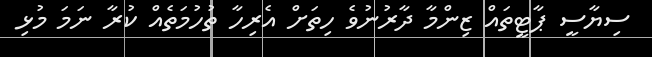
ސިޔާސީ ޕާޓީތައް ޒިންމާ ދާރުނުވެ ހިތަށް އެރިހާ ތުހުމަތެއް ކުރާ ނަމަ މުޅި